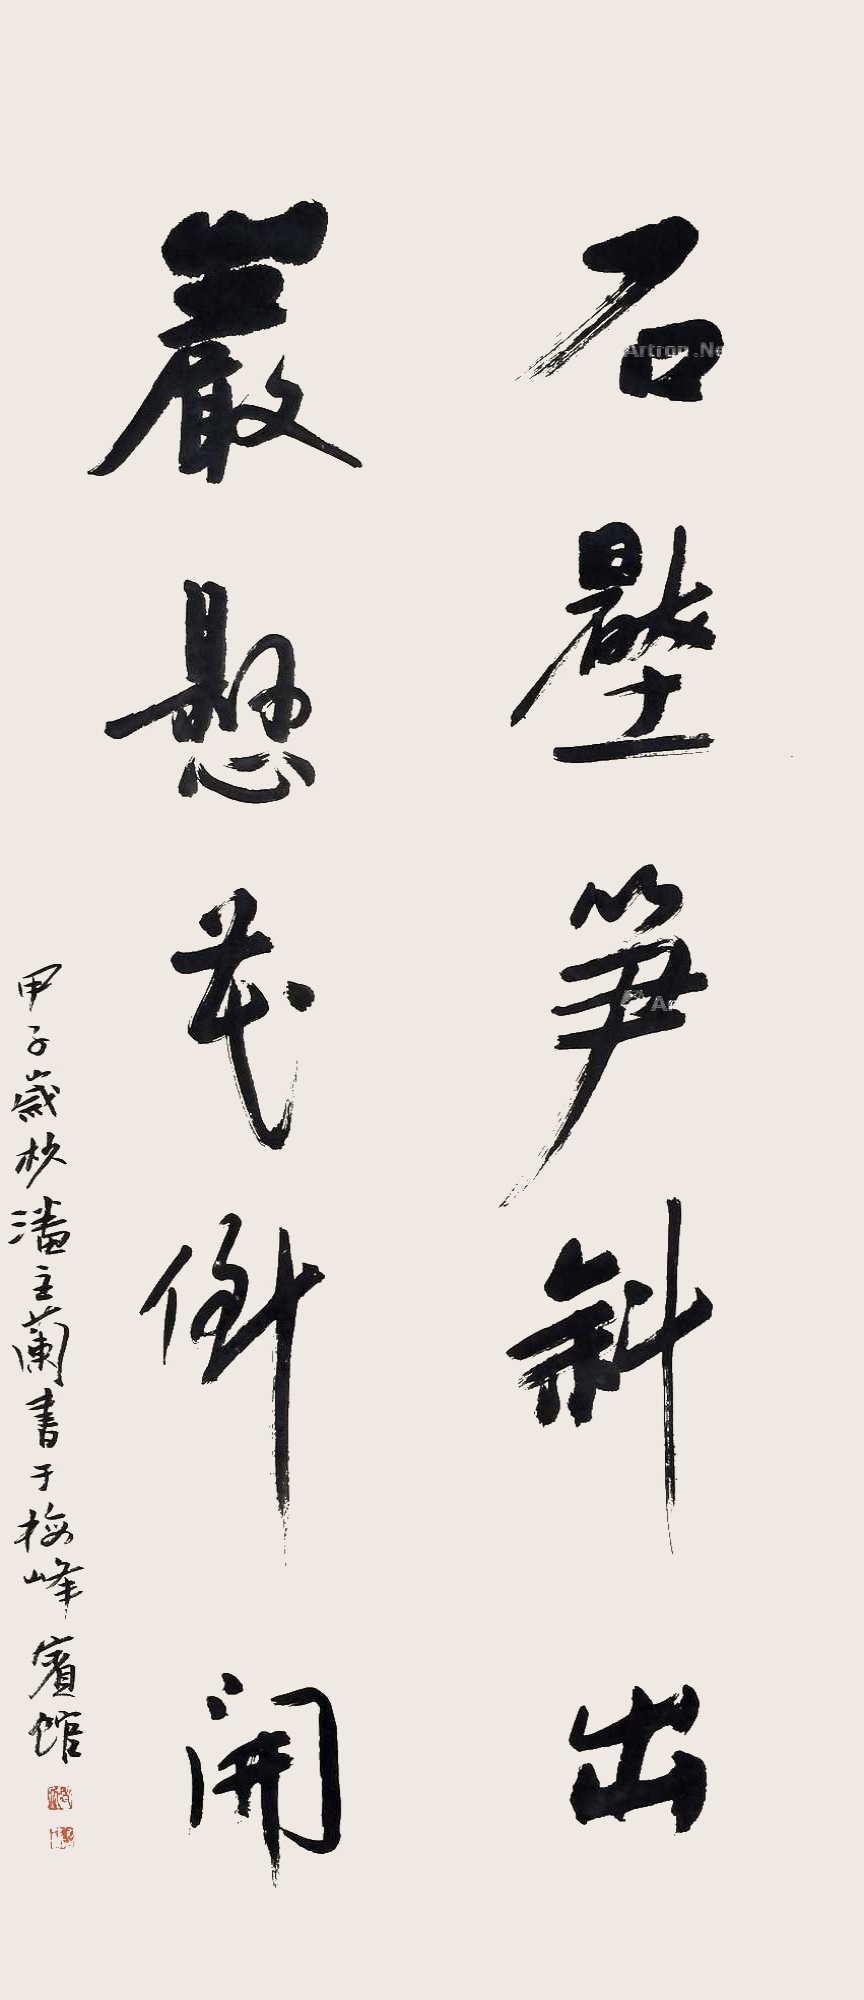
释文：石压笋斜出，岩垂花倒开。甲子岁杪潘主兰书于梅峰宾馆。